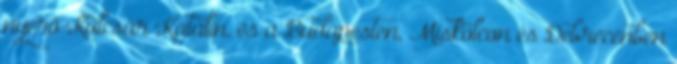
nyerő Kulcsár Katalin, és a Budapesten, Miskolcon és Debrecenben